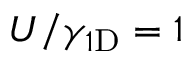
U / \gamma _ { 1 \mathrm { D } } = 1